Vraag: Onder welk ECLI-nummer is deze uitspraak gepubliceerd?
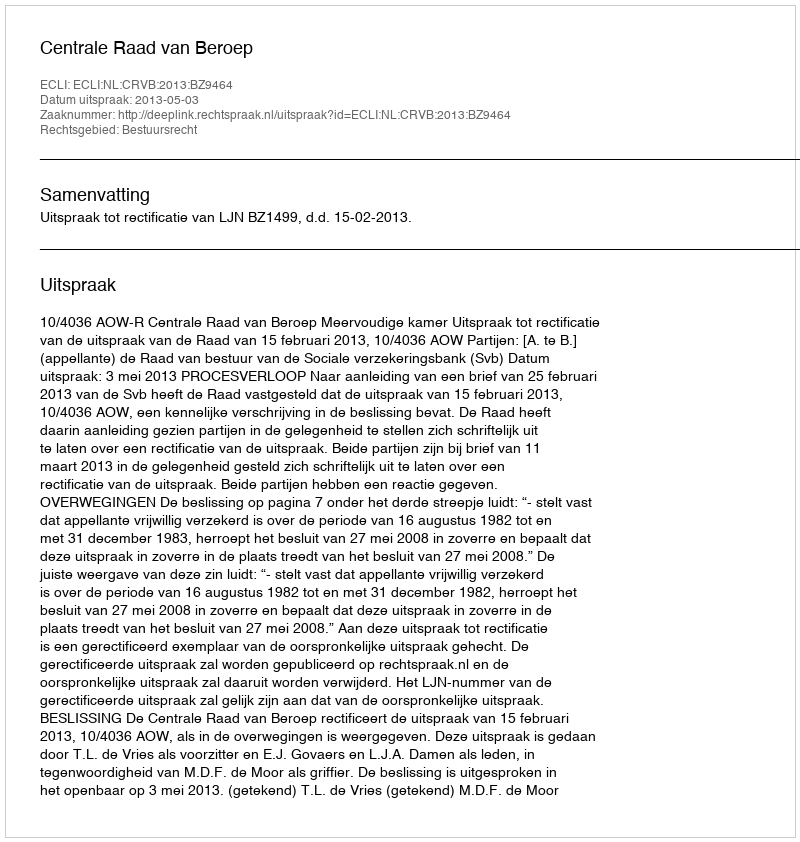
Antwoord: ECLI:NL:CRVB:2013:BZ9464